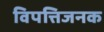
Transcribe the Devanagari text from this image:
विपत्तिजनक